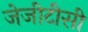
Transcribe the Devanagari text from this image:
जेजीटीसी